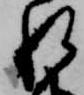
れ